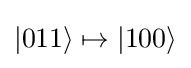
|011\rangle \mapsto |100\rangle